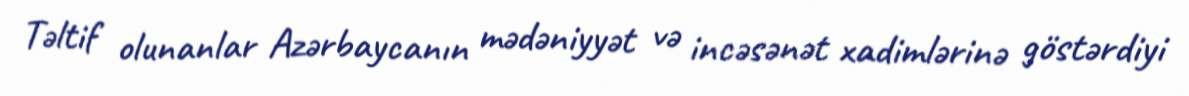
Təltif olunanlar Azərbaycanın mədəniyyət və incəsənət xadimlərinə göstərdiyi